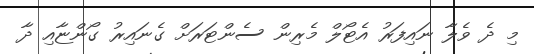
މި ދެ ވެލާ ނައިފަރު އެޓޯލް މެރިން ސެންޓަރަށް ގެނައިރު ގޯންޏާއި ދާ